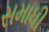
સમાધી